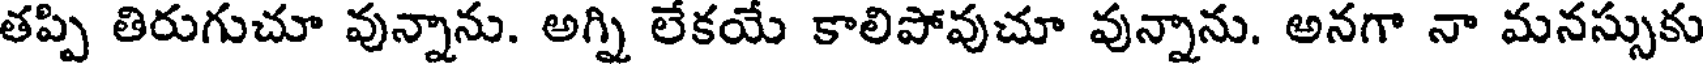
తప్పి తిరుగుచూ వున్నాను. అగ్ని లేకయే కాలిపోవుచూ వున్నాను. అనగా నా మనస్సుకు